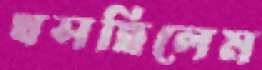
খসছিলেম